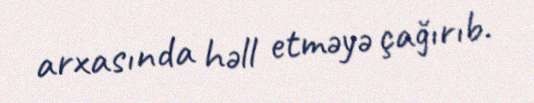
arxasında həll etməyə çağırıb.